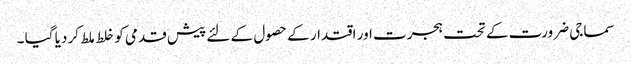
سماجی ضرورت کے تحت ہجرت اور اقتدار کے حصول کے لئے پیش قدمی کو خلط ملط کر دیا گیا ۔